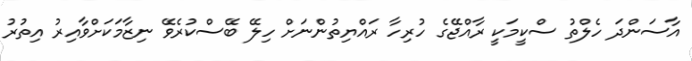
އާސަންދަ ހެލްތު ސްކީމަކީ ރާއްޖޭގެ ހުރިހާ ރައްޔިތުންނަށް ހިލޭ ބޭސްކުރެވޭ ނިޒާމަކަށްވާއިރު އިތުރު